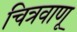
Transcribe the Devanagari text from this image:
चित्रवाणू